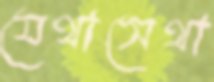
যেথাসেথা